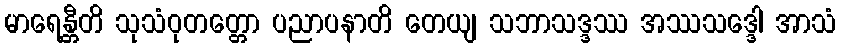
မာရေန္တီတိ သုသံဝုတတ္တော ပညာပနာတိ တေယျ သဘာသဒ္ဒဿ အဿသဒ္ဒေါ အာသံ